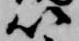
以